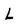
Character: L